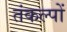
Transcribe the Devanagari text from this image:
तंकल्पों